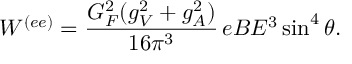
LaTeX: W ^ { ( e e ) } = \frac { G _ { F } ^ { 2 } ( g _ { V } ^ { 2 } + g _ { A } ^ { 2 } ) } { 1 6 \pi ^ { 3 } } \, e B E ^ { 3 } \sin ^ { 4 } \theta .